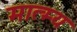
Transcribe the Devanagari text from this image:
मात्म्य